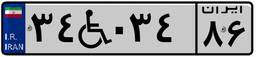
۰۷W۰۶۲۴۵